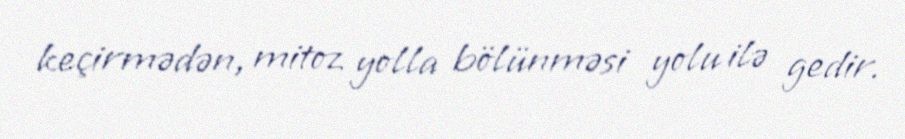
keçirmədən, mitoz yolla bölünməsi yolu ilə gedir.